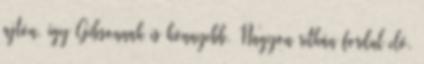
ajtón, így Gibsonnak is könnyebb. Nagyon ritkán fordul elő,